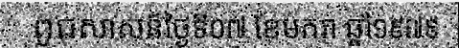
ពូជសាសន៍ថ្ងៃទី០៧ ខែមករា ឆ្នាំ១៩៧៩